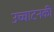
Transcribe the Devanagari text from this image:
उच्चाटनकी